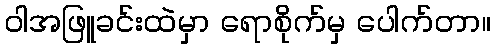
ဝါအဖြူခင်းထဲမှာ ရောစိုက်မှ ပေါက်တာ။